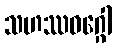
သဟဿဝဂ္ဂေါ